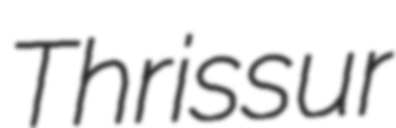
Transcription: Thrissur